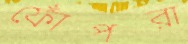
ফোঁপরা